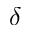
\delta